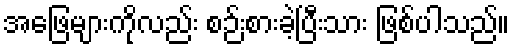
အဖြေများကိုလည်း စဉ်းစားခဲ့ပြီးသား ဖြစ်ပါသည်။